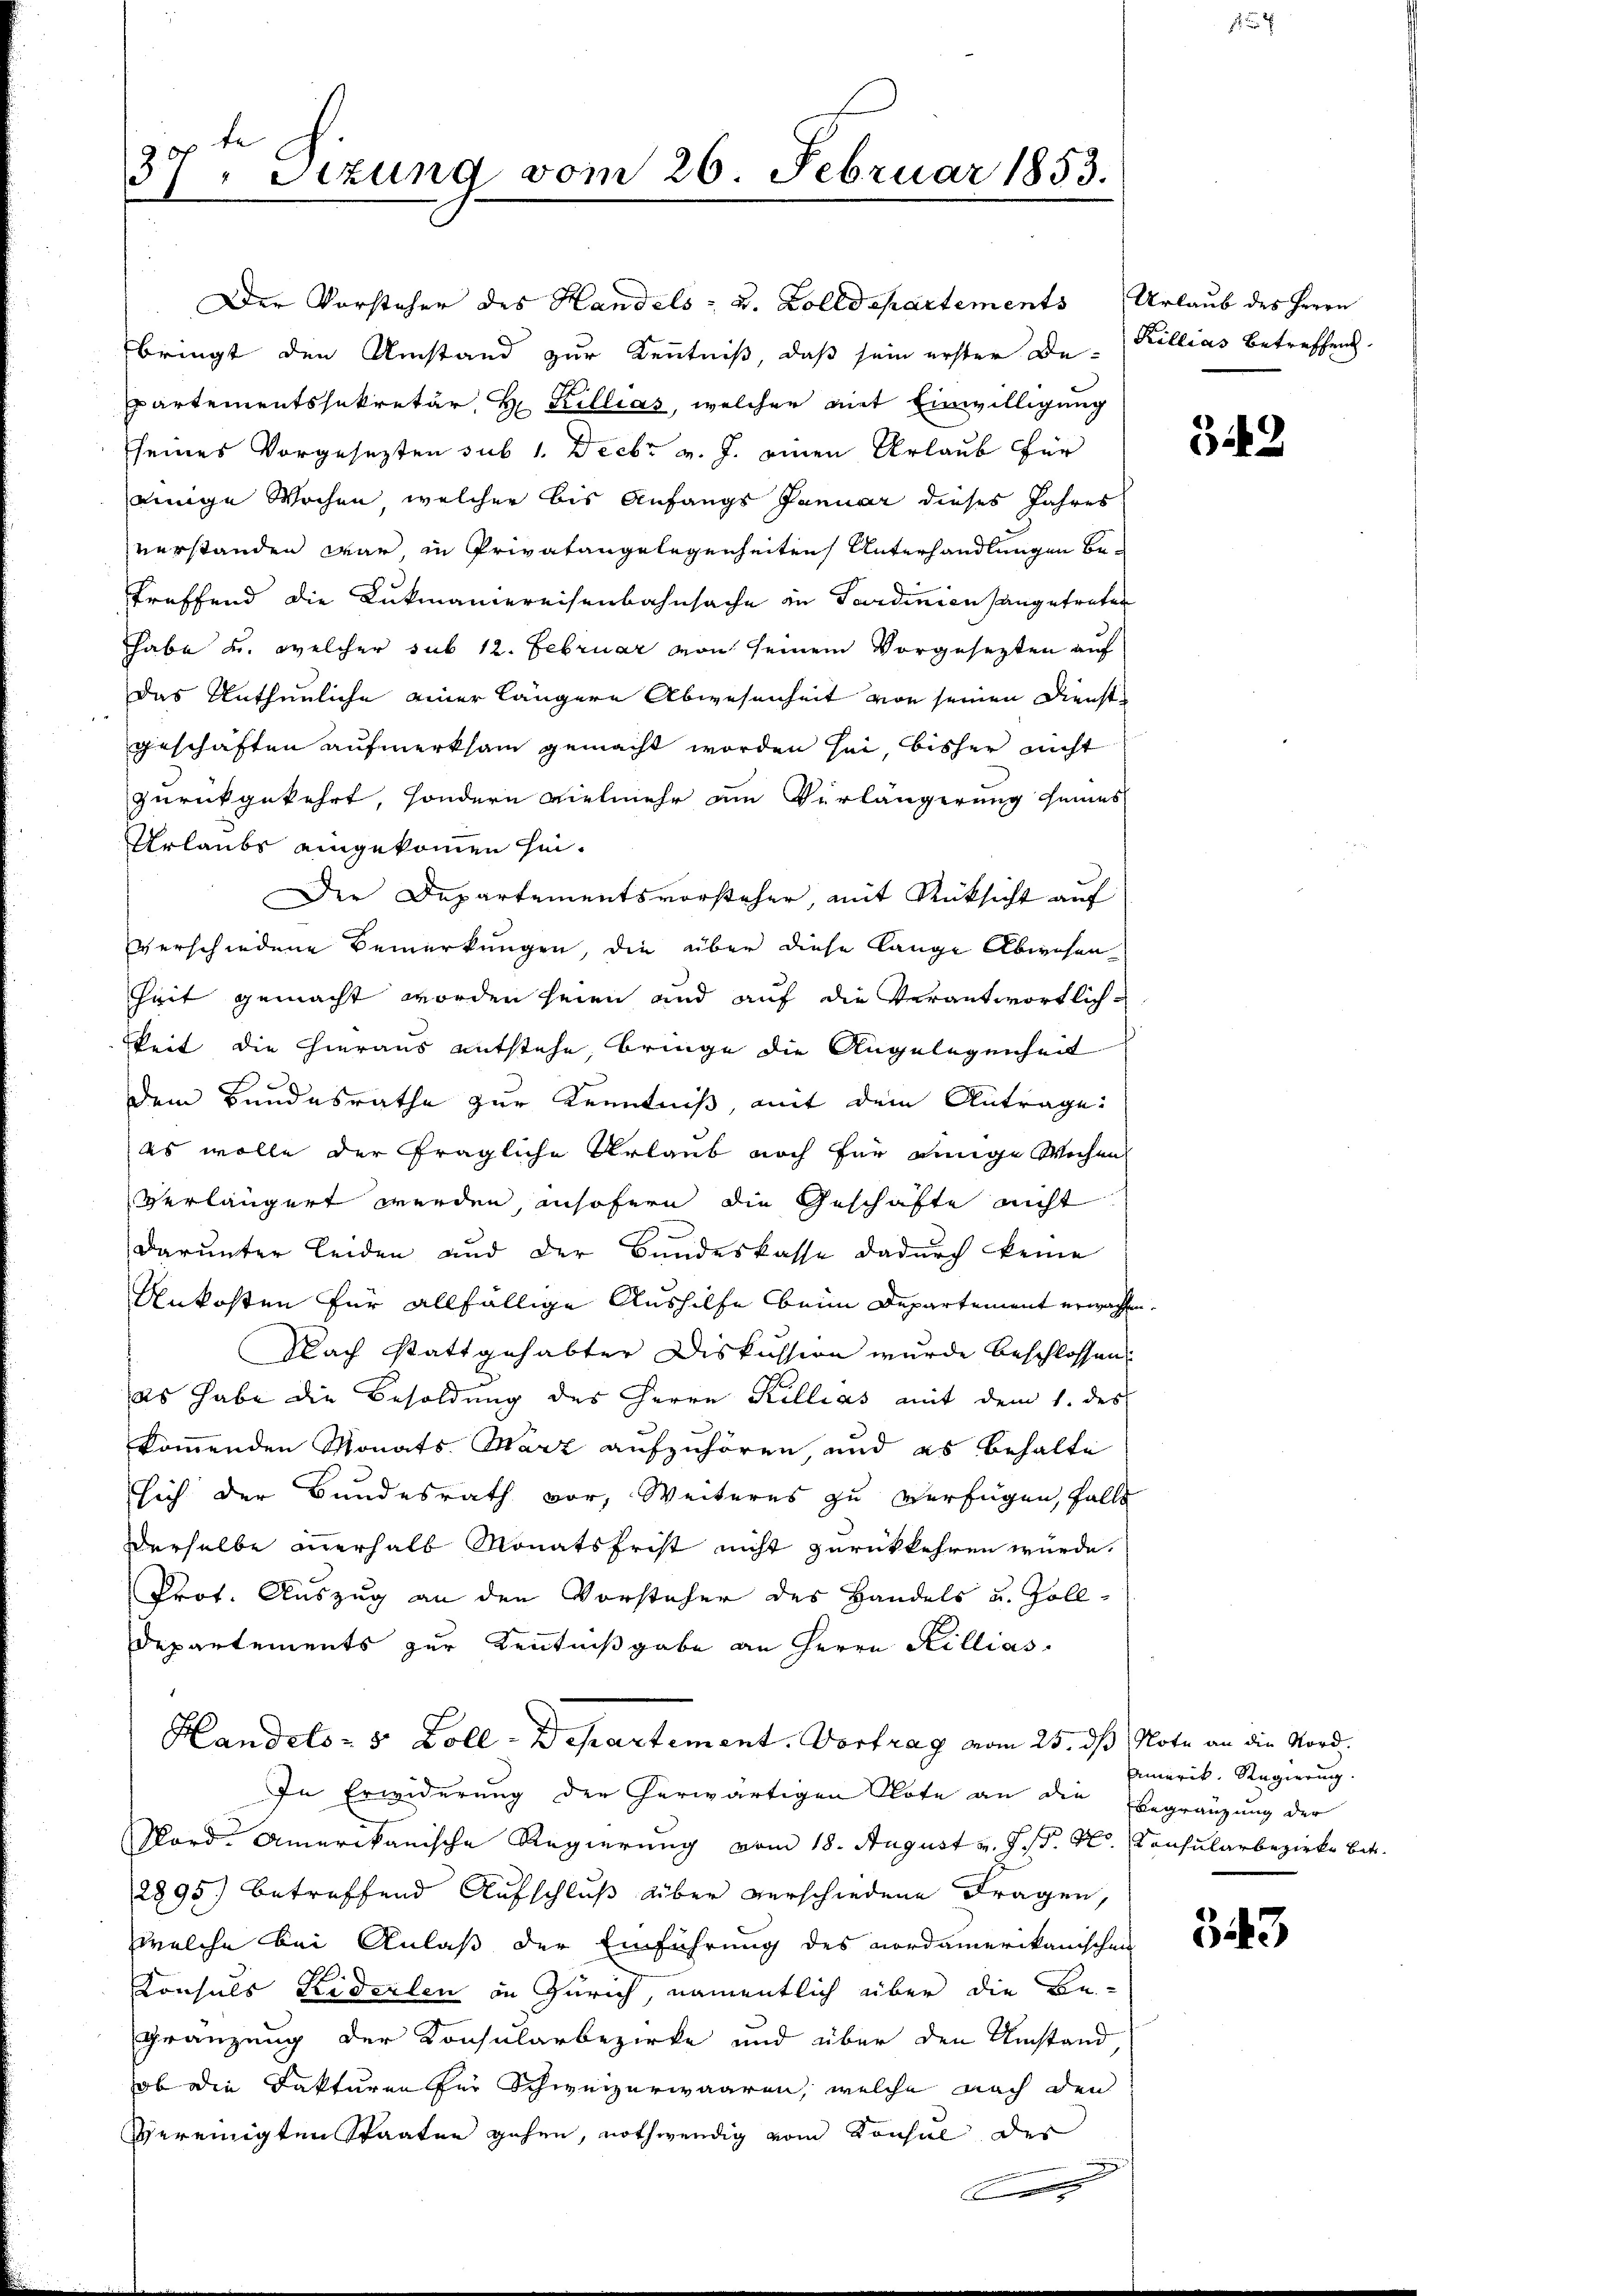
te
20
Sizung vom 26. Februar 1853.

einige Wochen welcher bis Anfangs Januar dieses Jahres
verstanden war in Privatangelegenheiten Unterhandlungen betroffend die Lukmaniereisenbahnsache in Sardinien angetreter
habe u. welcher sub 12. Februar von seinem Vorgesezten auf
das Unthunliche einer längere Abwesenheit von seinen Dienstgeschäften aufmerksam gemacht worden sei, bisher nicht
zurückgekehrt, sondern vielmehr am Verlängerung seines
Urlaubs eingekommen hin.
Der Departementsvorsteher, mit Rücksicht auf
verschiedene Bemerkungen, die über diese lange Abwesen
heit gemacht worden seien und auf die Verantwortlich-
keit die hieraus entstehe, bringe die Angelegenheit
dem Bundesrathe zur Kenntniß mit dem Antrage
es wolle der fragliche Urlaub noch für einige Wochen
verlängert werden, insofern die Geschäfte nicht
darunter Leiden und der Bundeskasse dadurch keine
Ankosten für allfällige Aushilfe beim Departement erwachen.
Nach stattgehabter Diskussion wurde beschlossen:
es habe die Besoldung des Herrn Kellias mit dem 1. des
kommenden Monats März aufzuhören, und es behalte
sich der Bundesrath vor, Weiteres zu verfügen, falls
derselbe anerhalb Monatsfrist nicht zurückkehren würde,
Prot. Auszug an den Vorsteher des Handels u. Zoll¬
Departements zur Kenntnißgabe an Herrn Hillias
Handels- 5 Zoll-Departement. Vortrag vom 25. dß Note an die Nord¬
In Erwiderung der herwärtigen Note an die Begränzung der
Nord. Amerikanische Regierung vom 18. August v. J. J. H. Consularbezirke betr.
2895) betreffend Aufschluß aber verschiedene Fragen,
welche bei Anlaß der Einführung des nordamerikanischen
.
Konsuls Federlen in Zürich, namentlich über die Be-
Gränzung der Konsularbezirke und über den Umstand
ob die Fakturen für Schweizerwaaren, welche nach den
vereinigten Staaten gehen, nothwendig vom Konsul der

Der Vorsteher des Handels- u. Zolldepartements Urlaub des Herrn
bringt den Umstand zur Kenntniß, daß sein erster De-Killias Betreffen
partementssekretär H. Killias, welcher mit Einwilligung
seines Vorgesezten sub 1. Decbr v. J. einen Urlaub für

c

342

Amerik. Regierung.

33